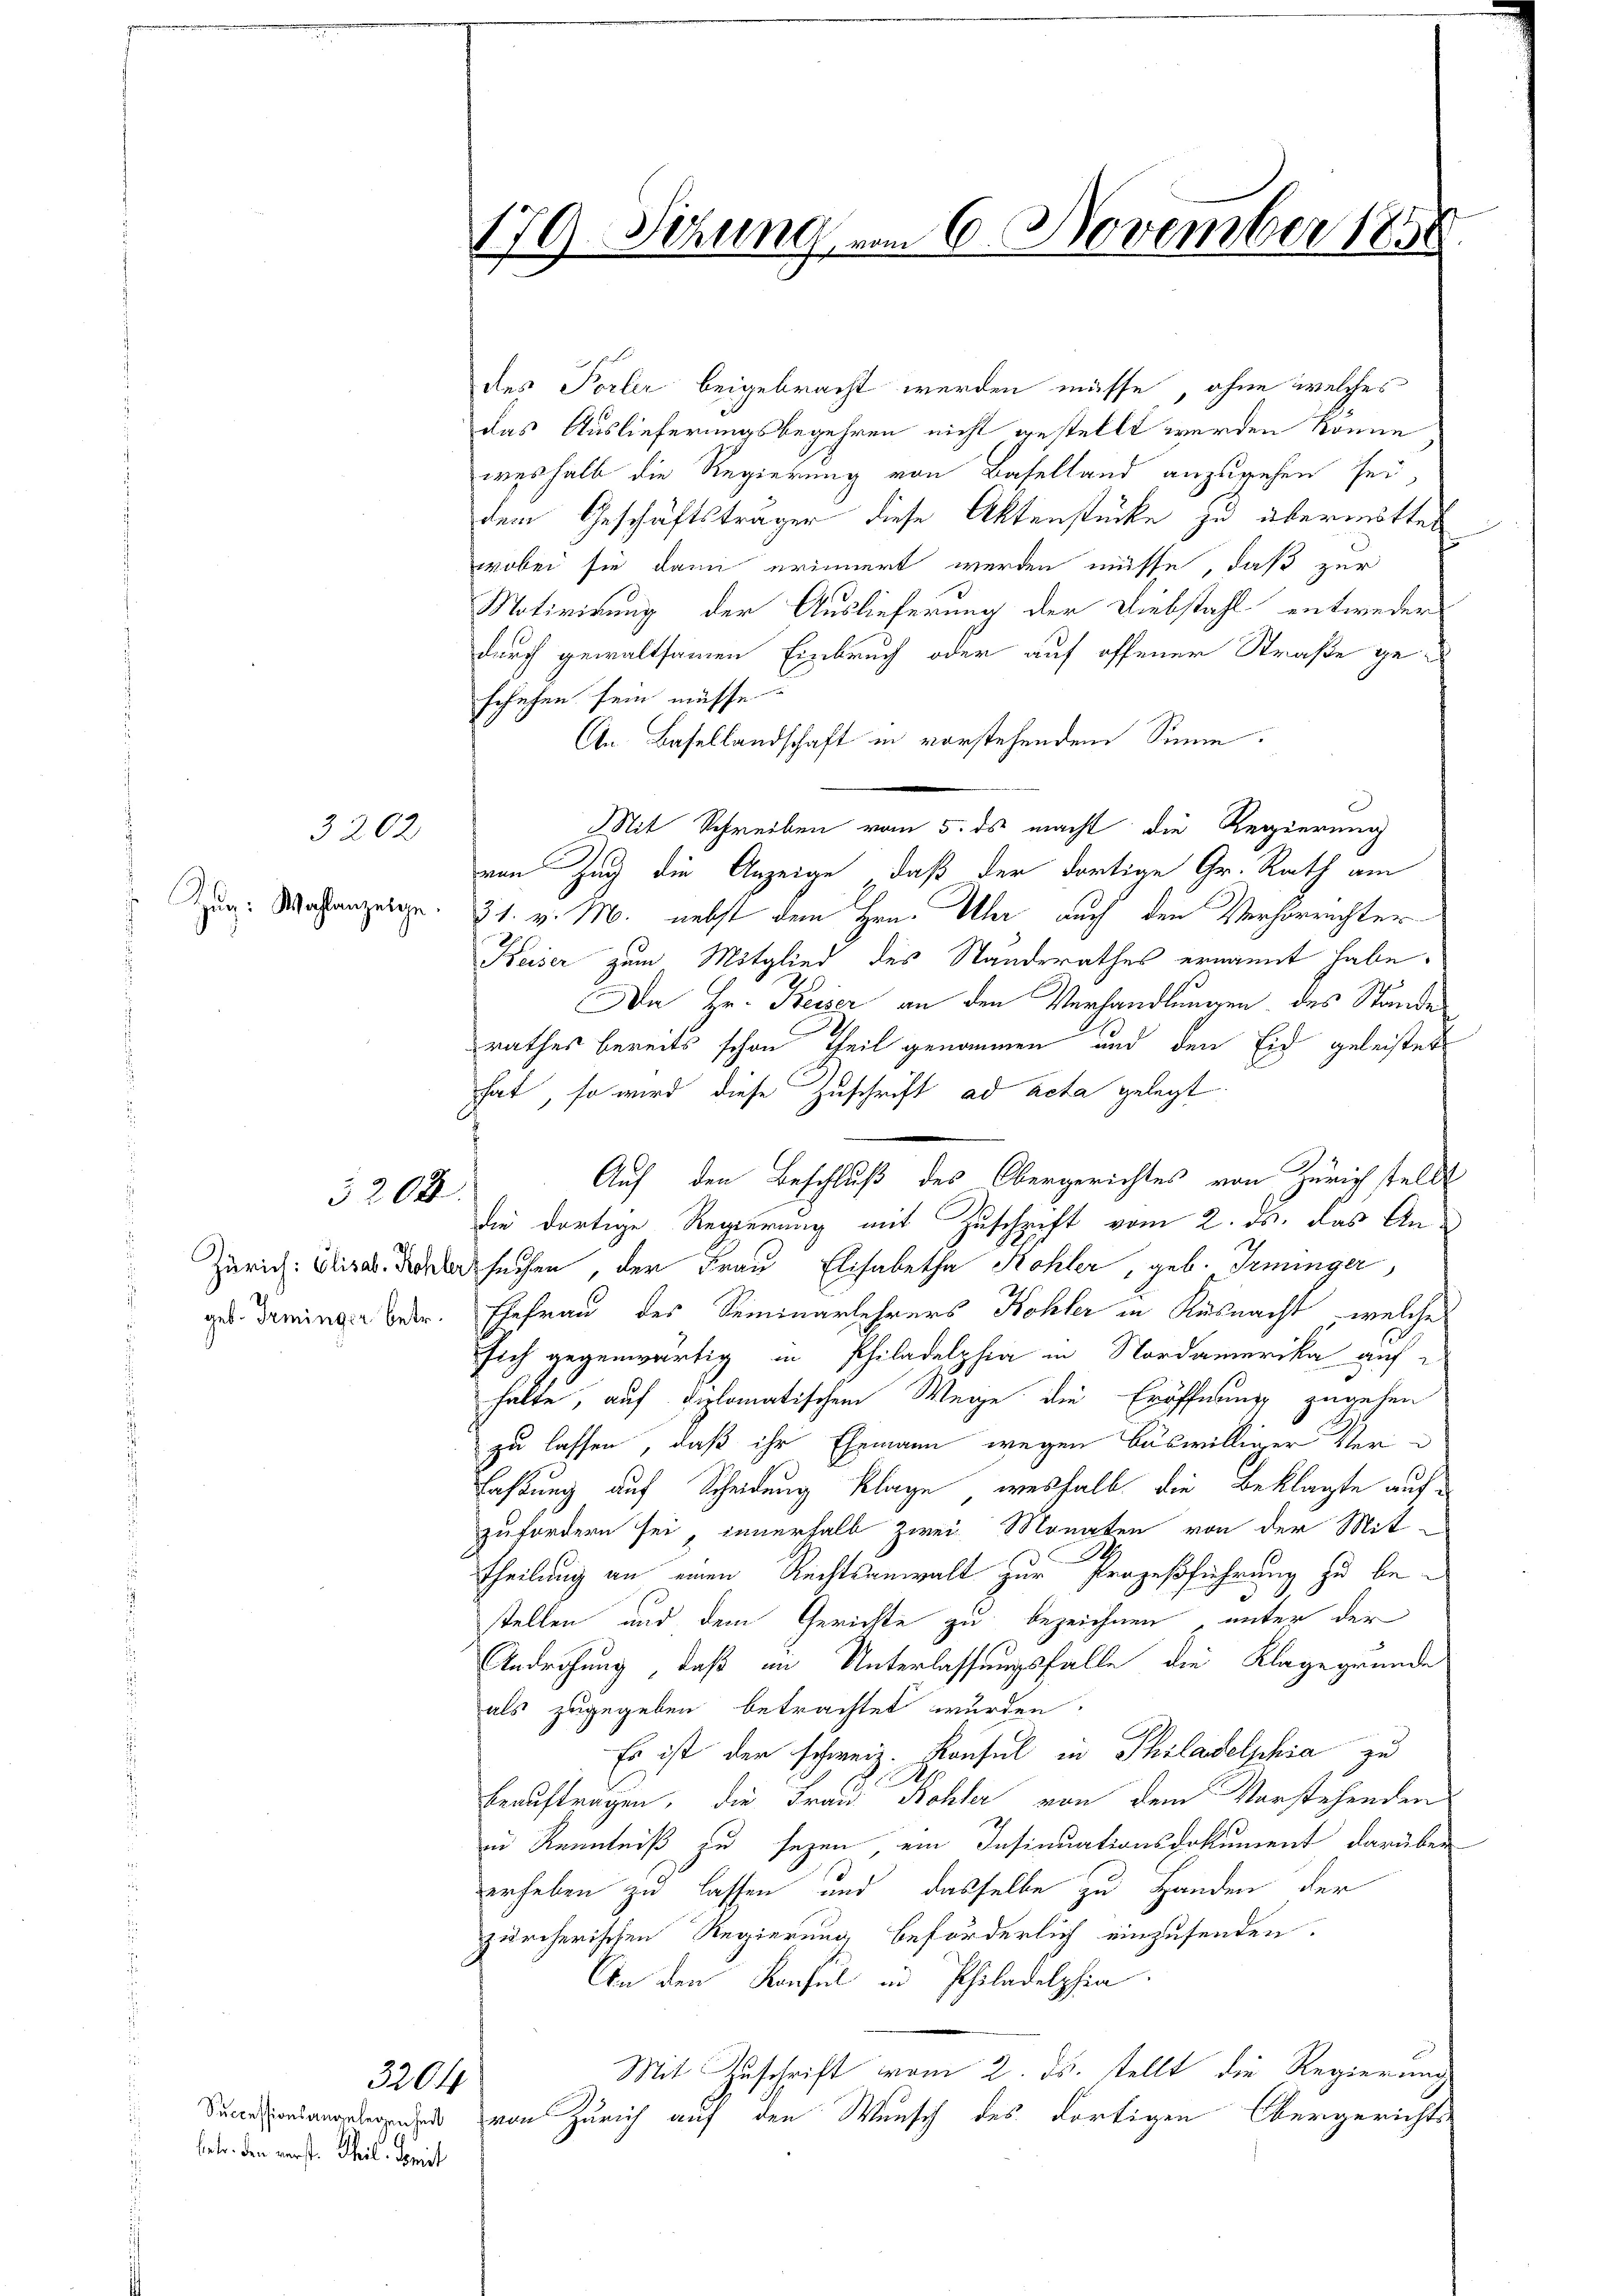
3202
Zŭg: Wahlanzeige.

3208

geb. Irminger betr.

des Porter beigebracht werden müsse, ohne welches
das Auslieferungsbegehren nicht gestellt werden könne
weshalb die Regierung von Baselland anzurechen sei,
dem Geschäftsträger diese Aktenstücke zu übermitten
wobei sie dann erinnert werden müsse, daß zur
Motivirung der Auslieferung der Diebstahl entweder
durch gewaltsamen Einbruch oder auf offener Straße geschehen sein müsse.
An Basellandschaft in vorstehendem Sinne.
Mit Schreiben vom 5. ds macht die Regierung
von Zug die Anzeige, daß der dortige Gr. Rath am
21. v. M. nebst dem Hrn. Uber auch den Verhörrichter
Keiser zum Mitglied des Standerathes ernannt habe.
Da Hr. Keiser an den Verhandlungen des Stände
rathes bereits schon Theil genommen und den Eid geleistet
hat, so wird diese Zuschrift ad acta gelegt.
Auf den Beschluß des Obergerichtes von Zürichstell
Die dortige Regierung mit Zuschrift vom 2. ds. das An¬
Zürich: Elisa der suchen, der Frau Elisabetha Kohler, geb. Irminger,
Ehefrau des Seminarlehrers Kohler in Küsnacht, welche
sich gegenwärtig in Philadelphia in Nordamerika auf
halte, auf diplomatischem Wege die Eröffnung zugehen
zu lassen, daß ihr Ehemann wegen böswilliger Ver¬
Faßung auf Scheidung klage, weshalb die Beklagte aufzufordern sei, innerhalb zwei Monaten von der Mit-
Theilung an einen Rechtsanwalt zur Prozeßführung zu bestellen und dem Gerichte zu bezeichnen unter der
Androhung, daß im Unterlassungsfalle die Klagegründe
als zugegeben betrachtet wurden.
Es ist der schweiz. Konsul in Philadelphia zu
beauftragen, die Frau Bohler von dem Vorstehenden
in Kenntniß zu sezen, ein Insinuationsdokument darüber
erheben zu lassen und dasselbe zu Handen der
zürcherischen Regierung beförderlich einzusenden.
An den Konsul in Philadelphia
Mit Zuschrift vom 2. ds. stellt die Regierung
d von Zürich auf den Wunsch des dortigen Obergerichts-

betr. den vorste Theil. Sanit

3204

179-Sitzung vom 6. November 1850